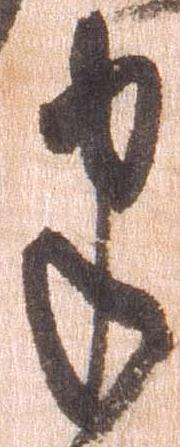
半